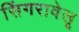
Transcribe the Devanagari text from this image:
सिंगरावेलू